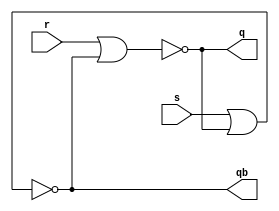
module sr_latch(s,r,q,qb);
input s,r;
output q,qb;

nor N1 (q,r,w2);
nor N2 (qb,s,w1);

assign w1=q;
assign w2=qb;

endmodule